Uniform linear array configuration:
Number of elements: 64
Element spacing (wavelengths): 0.5
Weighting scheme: uniform
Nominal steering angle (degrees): -45
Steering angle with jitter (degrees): -44.641
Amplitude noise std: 0.05
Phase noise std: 0.05

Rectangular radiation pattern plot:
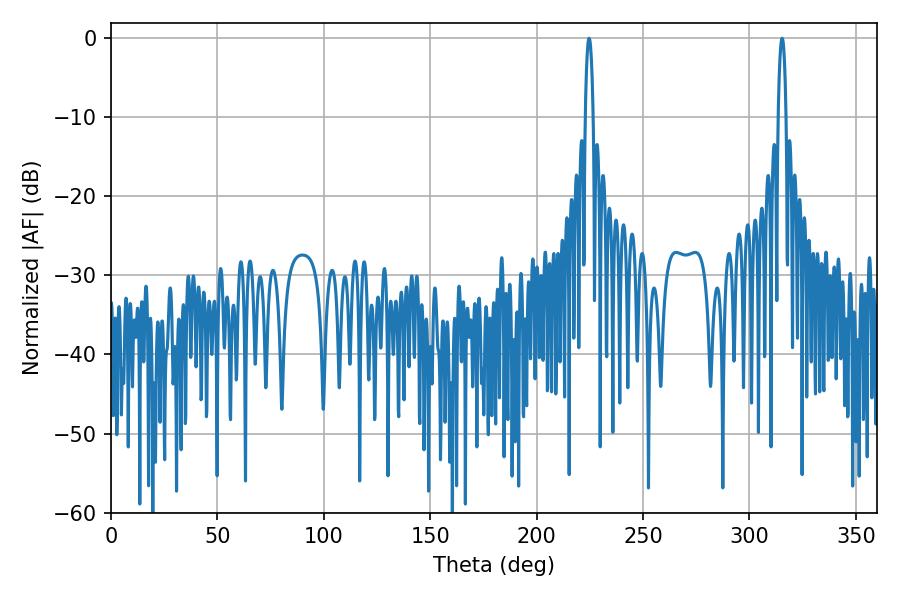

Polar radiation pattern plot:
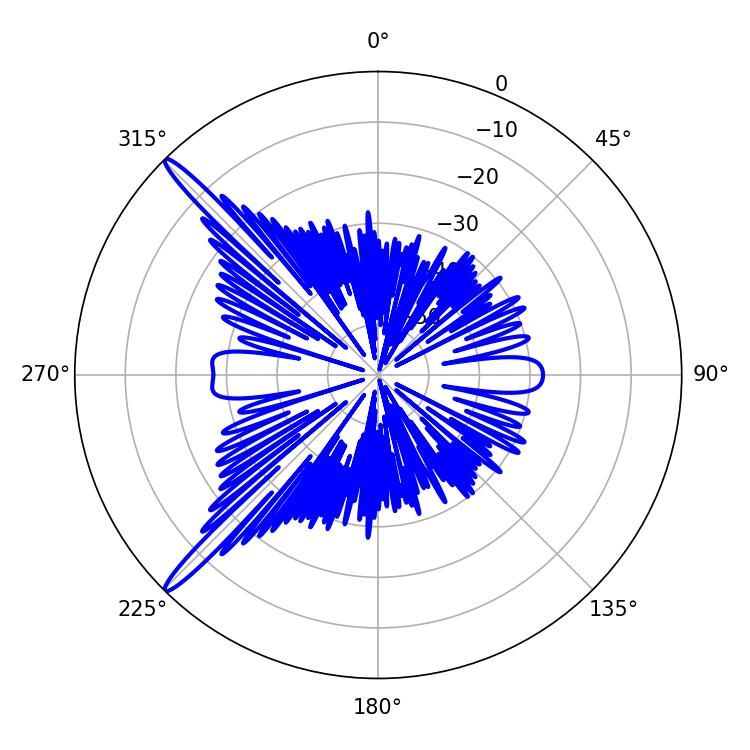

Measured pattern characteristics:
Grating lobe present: FALSE
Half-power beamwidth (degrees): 2.16
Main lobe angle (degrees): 224.64